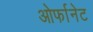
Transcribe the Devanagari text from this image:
ओर्फानेट